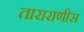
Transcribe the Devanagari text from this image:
ताराराणीस